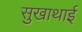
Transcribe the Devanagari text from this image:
सुखाथाई